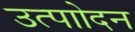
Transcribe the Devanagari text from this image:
उत्पाोदन